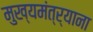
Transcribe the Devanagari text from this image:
मुख्यमंत्र्याना